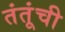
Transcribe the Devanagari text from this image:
तंतूंची